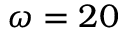
\omega = 2 0